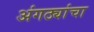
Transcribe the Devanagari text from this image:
अंगठ्यांचा